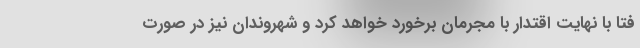
فتا با نهایت اقتدار با مجرمان برخورد خواهد کرد و شهروندان نیز در صورت